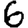
Digit: 6